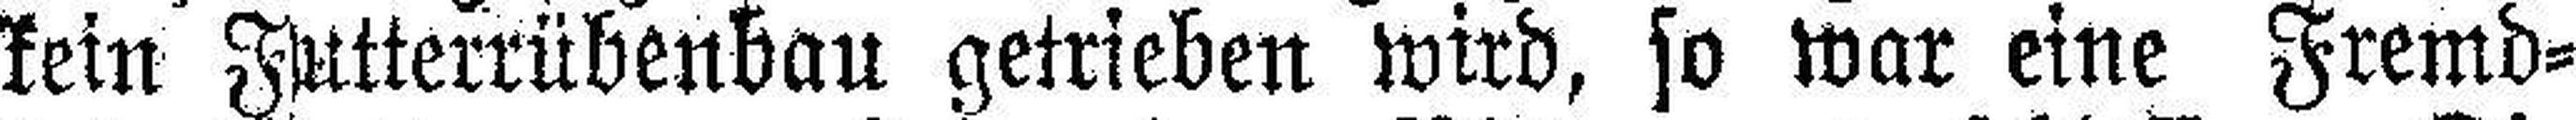
kein Futterrübenbau getrieben wird, so war eine Fremd¬